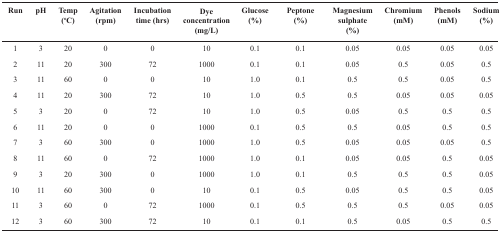
<table><thead><tr><td><b>Run</b></td><td><b>pH</b></td><td><b>Temp(°C)</b></td><td><b>Agitation (rpm)</b></td><td><b>Incubation time (hrs)</b></td><td><b>Dye concentration (mg/L)</b></td><td><b>Glucose (%)</b></td><td><b>Peptone (%)</b></td><td><b>Magnesium sulphate (%)</b></td><td><b>Chromium (mM)</b></td><td><b>Phenols (mM)</b></td><td><b>Sodium(%)</b></td></tr></thead><tbody><tr><td>1</td><td>3</td><td>20</td><td>0</td><td>0</td><td>10</td><td>0.1</td><td>0.1</td><td>0.05</td><td>0.05</td><td>0.05</td><td>0.05</td></tr><tr><td>2</td><td>11</td><td>20</td><td>300</td><td>72</td><td>1000</td><td>0.1</td><td>0.1</td><td>0.05</td><td>0.5</td><td>0.05</td><td>0.5</td></tr><tr><td>3</td><td>11</td><td>60</td><td>0</td><td>0</td><td>10</td><td>1.0</td><td>0.1</td><td>0.5</td><td>0.5</td><td>0.05</td><td>0.5</td></tr><tr><td>4</td><td>11</td><td>20</td><td>300</td><td>72</td><td>10</td><td>1.0</td><td>0.5</td><td>0.5</td><td>0.05</td><td>0.05</td><td>0.05</td></tr><tr><td>5</td><td>3</td><td>20</td><td>0</td><td>72</td><td>10</td><td>1.0</td><td>0.5</td><td>0.05</td><td>0.5</td><td>0.5</td><td>0.5</td></tr><tr><td>6</td><td>11</td><td>20</td><td>0</td><td>0</td><td>1000</td><td>0.1</td><td>0.5</td><td>0.5</td><td>0.05</td><td>0.5</td><td>0.5</td></tr><tr><td>7</td><td>3</td><td>60</td><td>300</td><td>0</td><td>1000</td><td>1.0</td><td>0.5</td><td>0.05</td><td>0.05</td><td>0.05</td><td>0.5</td></tr><tr><td>8</td><td>11</td><td>60</td><td>0</td><td>72</td><td>1000</td><td>1.0</td><td>0.1</td><td>0.05</td><td>0.05</td><td>0.5</td><td>0.05</td></tr><tr><td>9</td><td>3</td><td>20</td><td>300</td><td>0</td><td>1000</td><td>1.0</td><td>0.1</td><td>0.5</td><td>0.5</td><td>0.5</td><td>0.05</td></tr><tr><td>10</td><td>11</td><td>60</td><td>300</td><td>0</td><td>10</td><td>0.1</td><td>0.5</td><td>0.05</td><td>0.5</td><td>0.5</td><td>0.05</td></tr><tr><td>11</td><td>3</td><td>60</td><td>0</td><td>72</td><td>1000</td><td>0.1</td><td>0.5</td><td>0.5</td><td>0.5</td><td>0.05</td><td>0.05</td></tr><tr><td>12</td><td>3</td><td>60</td><td>300</td><td>72</td><td>10</td><td>0.1</td><td>0.1</td><td>0.5</td><td>0.05</td><td>0.5</td><td>0.5</td></tr></tbody></table>